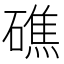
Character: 礁